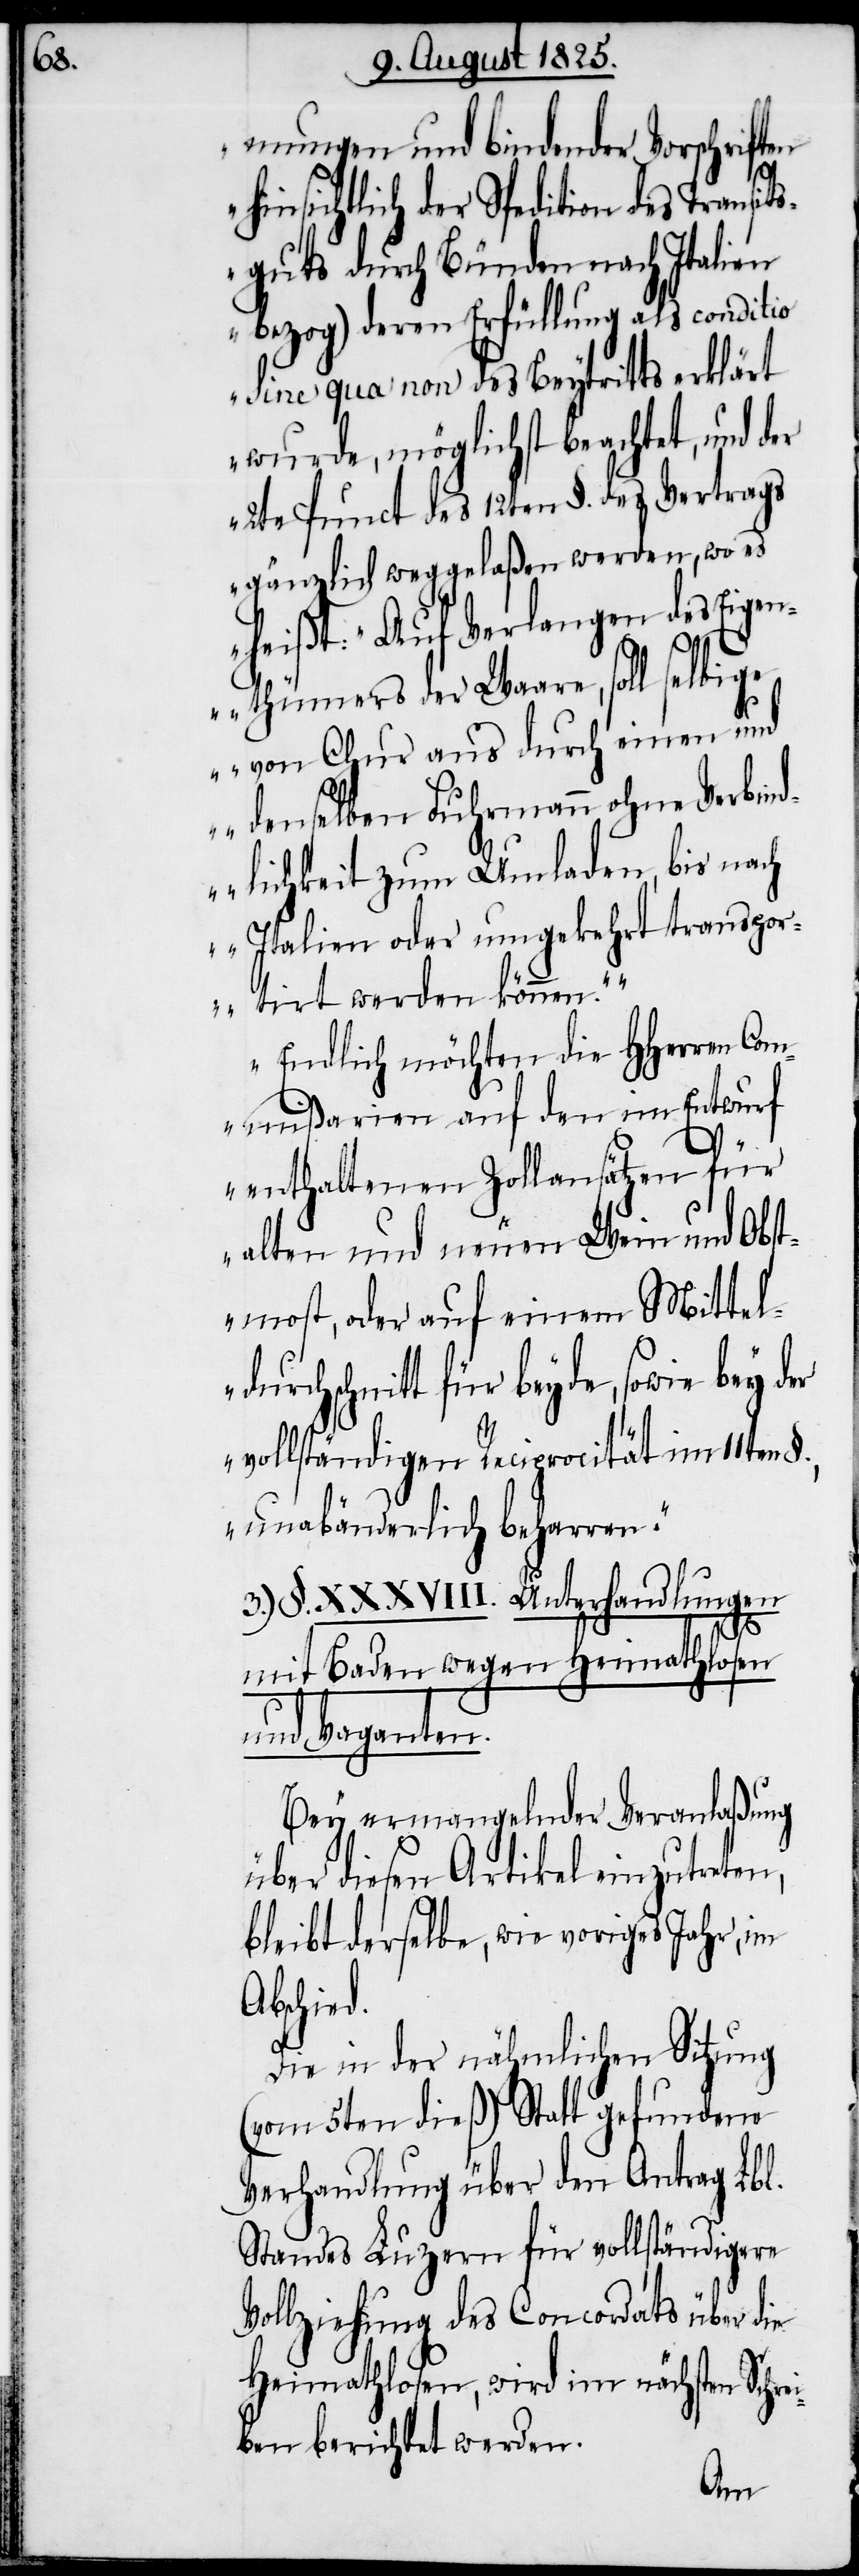
mungen und bindender Vorschriften
insichtlich der Spedition des Transi¬
tsguts durch Bünden nach Italien
bezog) deren Erfüllung als conditio
sine qua non des Beytritts erklärt
wurde, möglichst beachtet, und der
2te Punct des 12ten §. des Vertrags
gänzlich weggelaßen werden, wo es
heißt: „Auf Verlangen des Eigen¬
thümers der Waare, soll selbig¬
e von Chur aus durch einen und
denselben Fuhrmann ohne Verbin¬
dlichkeit zum Umladen, bis nach
Italien oder umgekehrt transpor¬
tirt werden können“.
Endlich möchten die Hherren Com¬
mißarien auf den im Entwurf
enthaltenen Zollansätzen für
alten und neuen Wein und Obst¬
most, oder auf einem Mittel¬
durchschnitt für beyde, sowie bey der
vollständigen Reciprocität im 11ten
§., unabänderlich beharren“.
3.) §. XXXVIII. Unterhandlungen
h¬
mit Baden wegen Heimathlosen
und Vaganten.
Bey ermangelnder Veranlaßung
über diesen Artikel einzutreten,
bleibt derselbe, wie voriges Jahr, im
Abschied.
Die in der nähmlichen Sitzung
(vom 5ten dieß) Statt gefundene
Verhandlung über den Antrag Lbl.
Standes Luzern für vollständigere
Vollziehung des Concordats über die
Heimathlosen, wird im nächsten Schre¬
iben berichtet werden.